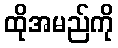
ထိုအမည်ကို